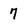
Character: 7